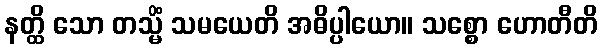
နတ္ထိ သော တသ္မိံ သမယေတိ အဓိပ္ပါယော။ သစ္စော ဟောတီတိ